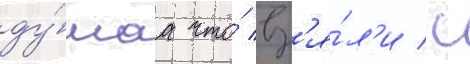
ду́маа что́ вз'я́л'и с